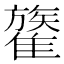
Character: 𩀥